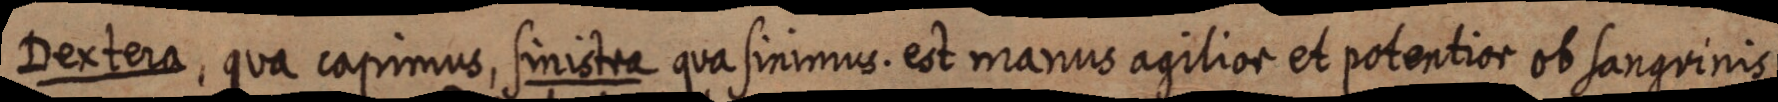
Dextera, qua caprimus, sinistra qua sinimus. est manus agilior et potentior ob sanguinis